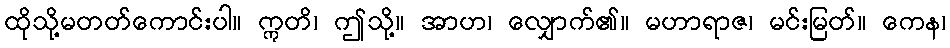
ထိုသို့မတတ်ကောင်းပါ။ ဣတိ၊ ဤသို့။ အာဟ၊ လျှောက်၏။ မဟာရာဇ၊ မင်းမြတ်။ ကေန၊